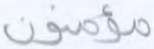
مؤمنون